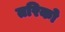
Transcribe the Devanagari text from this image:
तरिको